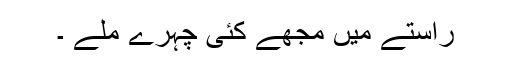
راستے میں مجھے کئی چہرے ملے ۔